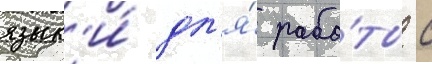
язык'и́ дл'я́ рабо́ты с